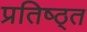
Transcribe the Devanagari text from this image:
प्रतिष्ठ्त